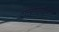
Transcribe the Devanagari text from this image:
ट्रान्सप्लाटेशन